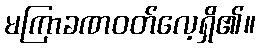
မကြာခဏဝတ်လေ့ရှိ၏။